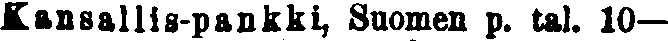
Kansallis-pankki, Suomen p. tai. 10—